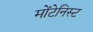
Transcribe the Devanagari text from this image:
मोंटेनिस्ट